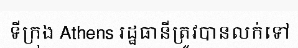
ទីក្រុង Athens រដ្ឋធានីត្រូវបានលក់ទៅ